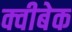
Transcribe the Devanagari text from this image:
क्वीबेक